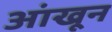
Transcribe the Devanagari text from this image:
आंखून